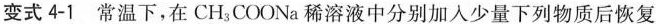
变式4-1 常温下，在CH_{3}COONa稀溶液中分别加入少量下列物质后恢复